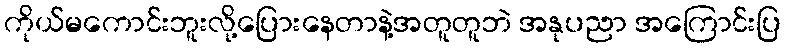
ကိုယ်မကောင်းဘူးလို့ပြေားနေတာနဲ့အတူတူဘဲ အနုပညာ အကြောင်းပြ